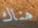
هناك